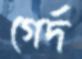
গের্দ